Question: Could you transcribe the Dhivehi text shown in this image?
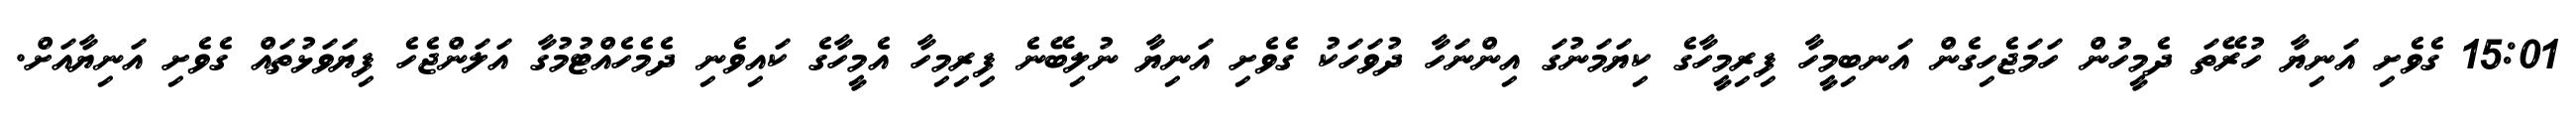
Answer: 15:01 ގެވެށި އަނިޔާ ހުރޭތަ ދެމީހުން ހަމަޖެހިގެން އަނބިމީހާ ފިރިމީހާގެ ކިޔަމަނުގަ އިންނަހާ ދުވަހަކު ގެވެށި އަނިޔާ ނުލިބޭނެ ފިރިމިހާ އެމީހާގެ ކައިވެނި ދެމެހެއްޓުމުގާ އަލަންޖެހެ ފިޔަވަޅުތައް ގެވެށި އަނިޔާއަށް.